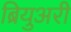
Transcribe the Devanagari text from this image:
ब्रियुअरी